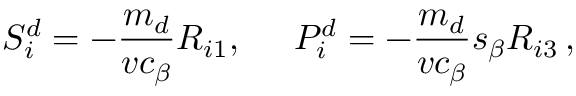
S _ { i } ^ { d } = - \frac { m _ { d } } { v c _ { \beta } } R _ { i 1 } , \; \; \; \; \; P _ { i } ^ { d } = - \frac { m _ { d } } { v c _ { \beta } } s _ { \beta } R _ { i 3 } \, ,